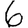
Digit: 6